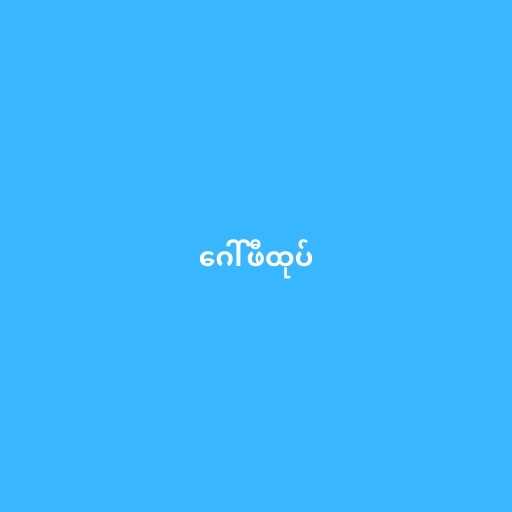
ဂေါ်ဖီထုပ်